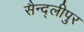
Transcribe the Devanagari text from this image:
सैन्द्लीपुर